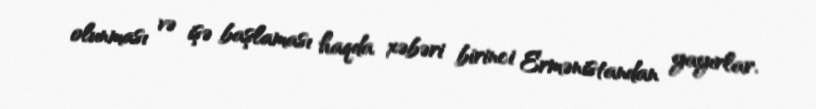
olunması və işə başlaması haqda xəbəri birinci Ermənistandan yayırlar.